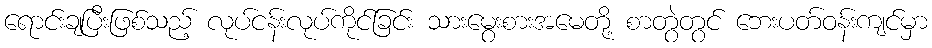
ရောင်းချပြီးဖြစ်သည့် လုပ်ငန်းလုပ်ကိုင်ခြင်း သားမွေးစားအမေတို့ စာတွဲတွင် ဘေးပတ်ဝန်းကျင်မှာ